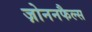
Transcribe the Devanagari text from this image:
ज़ोननफैल्स